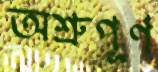
অশ্রুপূর্ণ